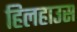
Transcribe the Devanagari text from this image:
हिलहाउस